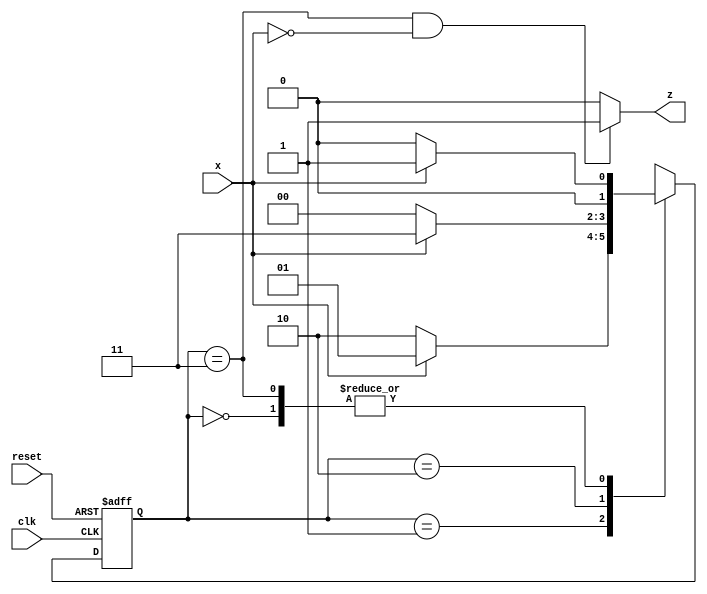
//sequence detector 1010 non-overlapping
module s_detector_1010(input clk,reset,x,output z);
  reg [1:0] state,next_state;
  parameter a=2'd0,b=2'd1,c=2'd2,d=2'd3;
  
  always@(posedge clk or posedge reset)
    begin
      if(reset)
        state<=a;
      else
        state<=next_state;
    end
  
  always@(state,x)
    begin
      case(state)
        a:next_state<=x?b:a;
        b:next_state<=x?b:c;
        c:next_state<=x?d:a;
        d:next_state<=x?b:a;
        default:next_state<=a;
      endcase
    end
  
  assign z=(state==d)&&(x==0)?1:0;
endmodule